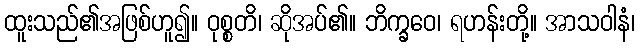
ထူးသည်၏အဖြစ်ဟူ၍။ ဝုစ္စတိ၊ ဆိုအပ်၏။ ဘိက္ခဝေ၊ ရဟန်းတို့။ အာသဝါနံ၊